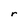
Character: r